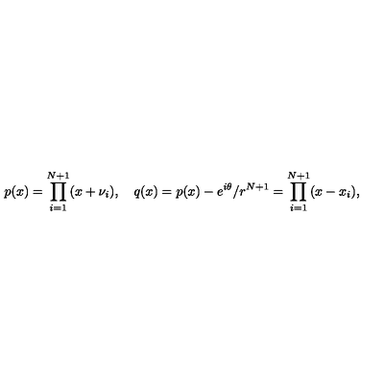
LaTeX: p ( x ) = \prod _ { i = 1 } ^ { N + 1 } ( x + \nu _ { i } ) , \quad q ( x ) = p ( x ) - e ^ { i \theta } / r ^ { N + 1 } = \prod _ { i = 1 } ^ { N + 1 } ( x - x _ { i } ) ,